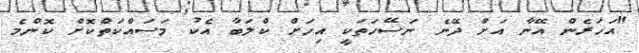
"އަހަރެން އޭނާ އަށް ދޭނެ ނަސޭހަތަކީ އިހަށް ކްލަބާ އެކު މަސައްކަތްކޮށް ކޮންމެ